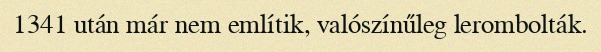
1341 után már nem említik, valószínűleg lerombolták.